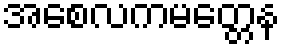
အစေလကမတ္တေန